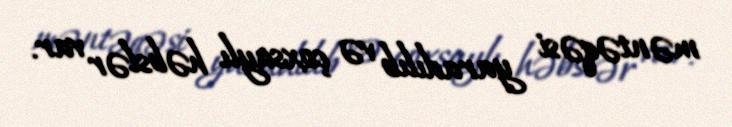
məntəqəsi yaradılıb və çoxsaylı həbslər var.